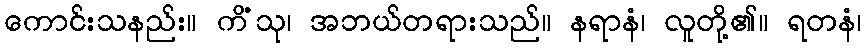
ကောင်းသနည်း။ ကိံသု၊ အဘယ်တရားသည်။ နရာနံ၊ လူတို့၏။ ရတနံ၊